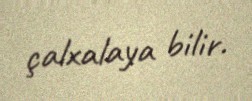
çalxalaya bilir.